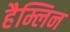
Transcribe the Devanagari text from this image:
हैम्लिन